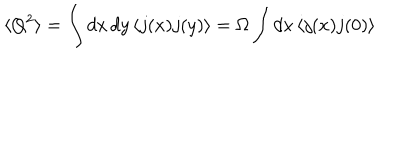
\langle Q ^ { 2 } \rangle = \int d x \, d y \, \langle j ( x ) j ( y ) \rangle = \Omega \int d x \, \langle j ( x ) j ( 0 ) \rangle